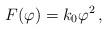
LaTeX: \begin{align*}F(\varphi) = k_{0}{\varphi}^2 \,,\end{align*}